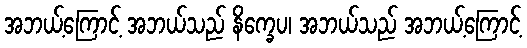
အဘယ့်ကြောင့် အဘယ်သည် နိက္ခေပ၊ အဘယ်သည် အဘယ့်ကြောင့်